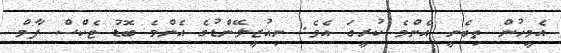
އެމީހުން ތިބެނީ އެންމެ ކުރީގަ އެވެ. ނިއުޒީލޭންޑުގެ އެންމެ ބޮޑު ޓެކްސް ފާމް